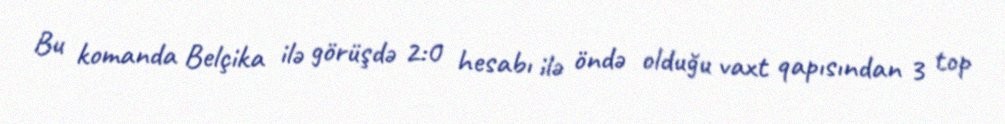
Bu komanda Belçika ilə görüşdə 2:0 hesabı ilə öndə olduğu vaxt qapısından 3 top